Reports on dispensaries and lunatic asylums in the Province of Oudh - 1869-1876
Year: 1869
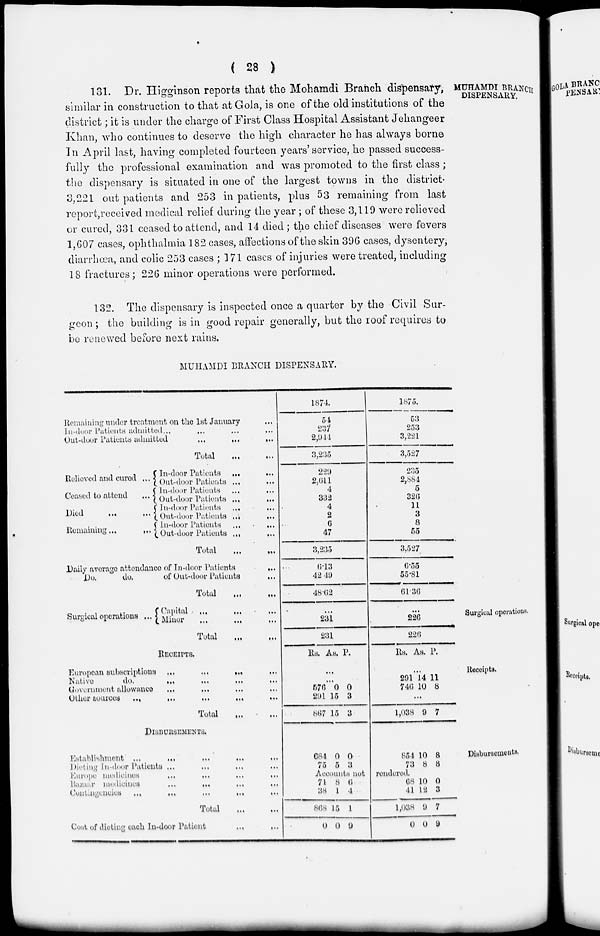
( 28 )
MUHAMDI BRANCH
DISPENSARY.
131. Dr. Higginson reports that the Mohamdi Branch dispensary,
similar in construction to that at Gola, is one of the old institutions of the
district; it is under the charge of First Class Hospital Assistant Jehangeer
Khan, who continues to deserve the high character he has always borne
In April last, having completed fourteen years' service, he passed success-
fully the professional examination and was promoted to the first class ;
the dispensary is situated in one of the largest towns in the district.
3,221 out patients and 253 in patients, plus 53 remaining from last
report,received medical relief during the year; of these 3,119 were relieved
or cured, 331 ceased to attend, and 14 died; the chief diseases were fevers
1,607 cases, ophthalmia 182 cases, affections of the skin 396 cases, dysentery,
diarrhœa, and colic 253 cases ; 171 cases of injuries were treated, including
18 fractures; 226 minor operations were performed.
132. The dispensary is inspected once a quarter by the Civil Sur-
geon ; the building is in good repair generally, but the roof requires to
be renewed before next rains.
MUHAMDI BRANCH DISPENSARY.
Remaining under or treatment on the 1st January ...
In-door Patients admitted ... ... ... ...
Out-door Patients admitted
...
...
...
Total
Relieved and cured
...
Ceased to attend
...
Died
...
...
Remaining ... ...
In-door Patients ... ...
Out-door Patients ... ...
In-door Patients ...
...
Out-door Patients ... ...
In-door Patients ... ...
Out-door Patients ... ...
in-door Patients ... ...
Out-door Patients ... ...
Total ... ...
Daily average attendance of In-door Patients ...
Do.
do.
of Out-door Patients ...
Total
1874.
54
237
2,944
3,235
229
2,611
4
332
4
2
6
47
3,235
6.13
42.49
48.62
1875.
53
253
3,221
3,527
235
2,884
5
326
11
3
8
55
3,527
6.55
55.81
61.36
Surgical operations.
Surgical operations ...
Capital ... ... ...
Minor ... ... ...
Total ... ...
...
231
231
...
226
220
Receipts.
RECEIPTS.
European subscriptions ... ... ... ...
Native
do. ... ... ... ...
Government allowance ... ... ... ...
Other
sources
...
...
...
...
...
Total ... ...
Rs. As. P.
...
...
576
291
867
0
15
15
0
3
3
Rs. As. P.
...
291
746
14
10
11
8
...
1,038 9 7
Disbursements.
DISBURSEMENTS.
Establishment ...
... ... ...
Dieting In-door Patients ... ... ... ...
Europe medicines ... ... ... ...
Bazaar
medicines
...
...
...
...
...
Contingencies ... ... ... ... ...
Total ... ...
Cost of dieting each In-door Patient
...
...
684
75
0
5
0
3
854
73
10
8
8
8
Accounts not rendered.
74
38
868
0
8
1
15
0
0
4
1
9
68
41
1,038
0
10
12
9
0
0
3
7
9